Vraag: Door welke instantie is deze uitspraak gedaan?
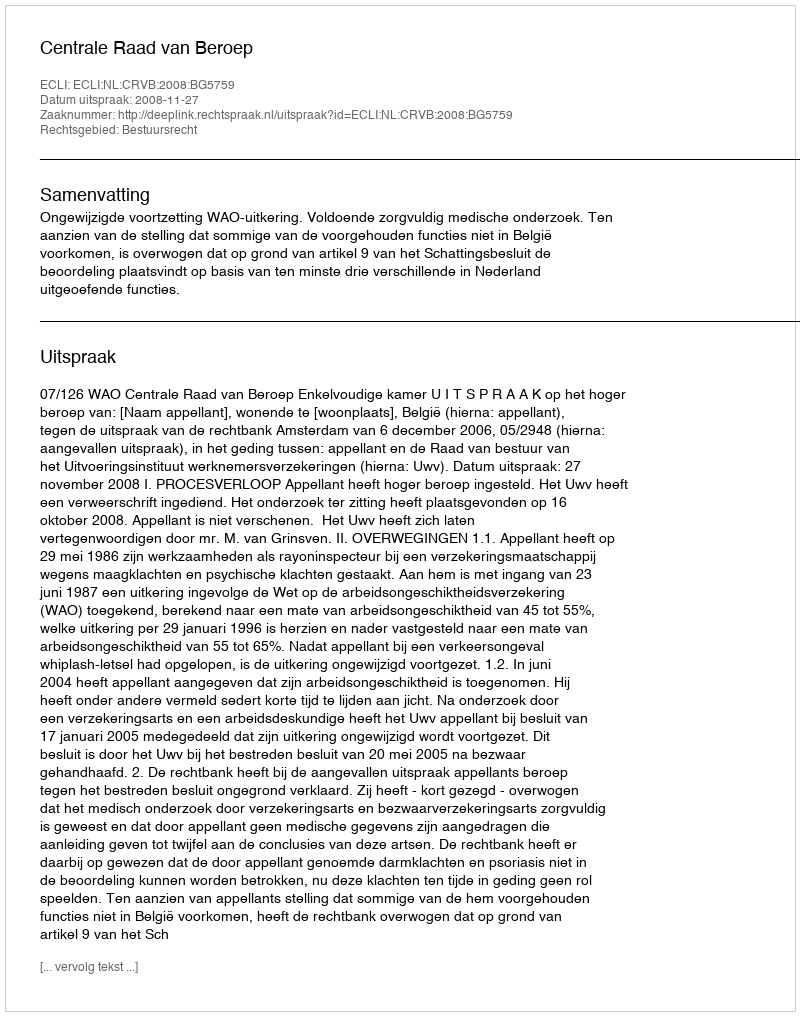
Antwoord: Centrale Raad van Beroep